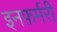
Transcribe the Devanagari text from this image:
इनफ़र्मरी